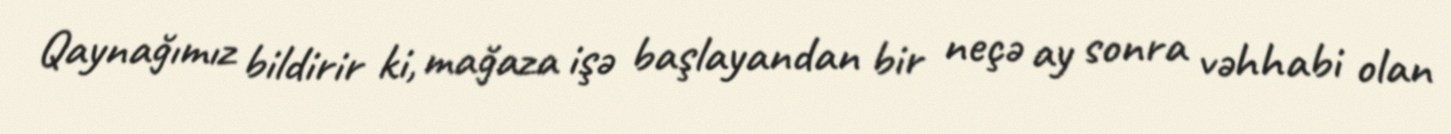
Qaynağımız bildirir ki, mağaza işə başlayandan bir neçə ay sonra vəhhabi olan